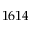
1 6 1 4